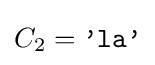
C_{2}={\texttt {'la'}}